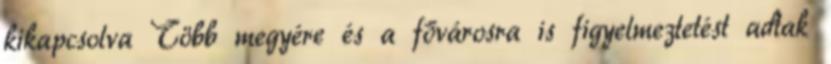
kikapcsolva Több megyére és a fővárosra is figyelmeztetést adtak